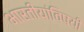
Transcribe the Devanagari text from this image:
भारतीयांविषयी